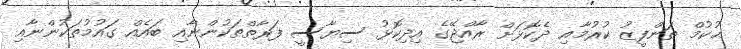
ޙުކުމް ތަންފީޒު ކުރުމާއި ދެކޮޅަށް ރާއްޖޭގެ އިދިކޮޅު ސިޔާސީ ފަރާތްތަކުންނާއި ބައެއް ގައުމުތަކުންނާއި